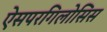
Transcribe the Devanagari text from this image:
ऐसपरगिलोसिस